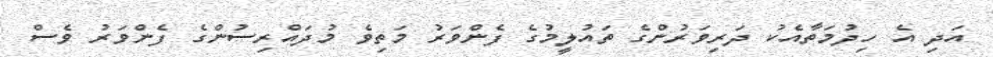
އަދި އެ ހިދުމަތާއެކު ދަރިވަރުންގެ ތައުލީމުގެ ފެންވަރު މަތިވެ މުދައްރިސުންގެ ފެންވަރު ވެސް